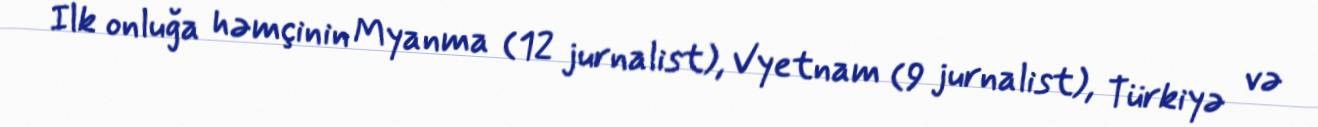
Ilk onluğa həmçinin Myanma (12 jurnalist), Vyetnam (9 jurnalist), Türkiyə və